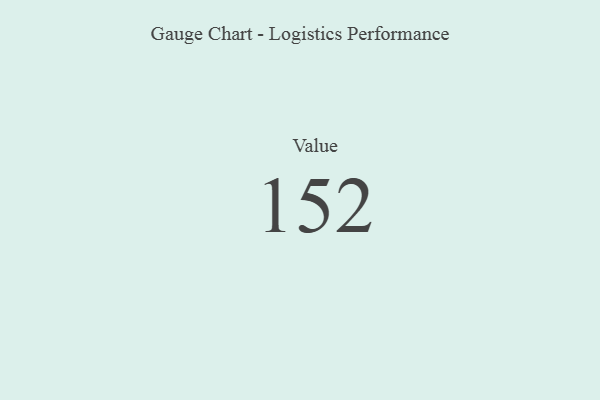
{"axis": {"x": "Metric", "y": "Value"}, "legend": [""], "data": [{"x": "Value", "y": 152, "type": ""}]}